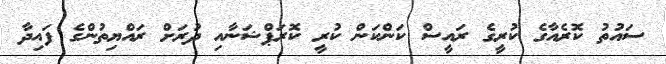
ސައުތު ކޮރެއާގެ ކުރީގެ ރައީސް ކަންކަން ކުރީ ކޮރަޕްޝަނާއި ދުރަށް ރައްޔިތުންގެ ފައިދާ